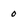
Character: 0